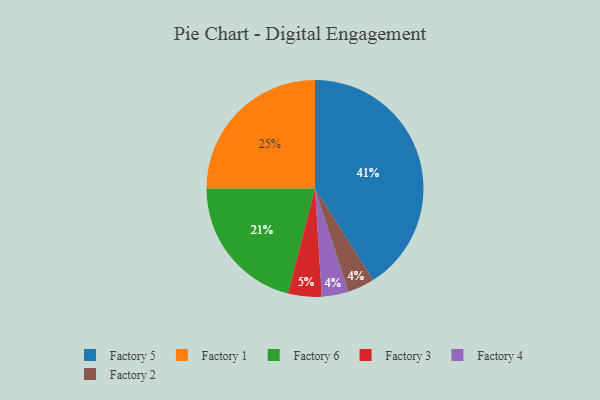
{"axis": {"x": "Category", "y": "Percentage"}, "legend": ["Factory 1", "Factory 2", "Factory 3", "Factory 4", "Factory 5", "Factory 6"], "data": [{"x": "Factory 3", "y": 5, "type": "Factory 3"}, {"x": "Factory 4", "y": 4, "type": "Factory 4"}, {"x": "Factory 5", "y": 41, "type": "Factory 5"}, {"x": "Factory 6", "y": 21, "type": "Factory 6"}, {"x": "Factory 1", "y": 25, "type": "Factory 1"}, {"x": "Factory 2", "y": 4, "type": "Factory 2"}]}